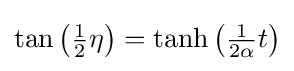
{\textstyle \tan \left({\frac {1}{2}}\eta \right)=\tanh \left({\frac {1}{2\alpha }}t\right)}